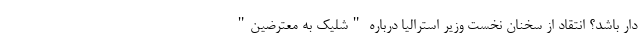
دار باشد؟ انتقاد از سخنان نخست وزیر استرالیا درباره "شلیک به معترضین"